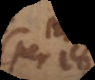
per